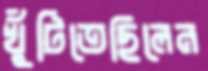
খুঁটিতেছিলেন